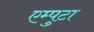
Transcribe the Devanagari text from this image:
एम्पुटा